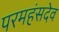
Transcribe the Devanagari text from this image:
परमहंसदेव